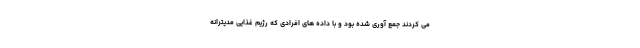
می کردند جمع آوری شده بود و با داده های افرادی که رژیم غذایی مدیترانه